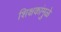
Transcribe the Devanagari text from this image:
शिक्षकांमुळे